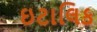
ઇટાલિક